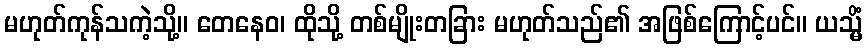
မဟုတ်ကုန်သကဲ့သို့။ တေနေဝ၊ ထိုသို့ တစ်မျိုးတခြား မဟုတ်သည်၏ အဖြစ်ကြောင့်ပင်။ ယသ္မိံ